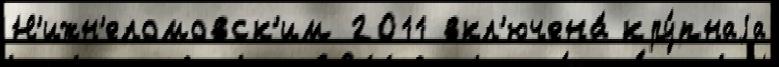
Н'ижн'еломовск'им 2011 вкл'ючена́ кру́пнаjа